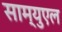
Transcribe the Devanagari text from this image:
साम्युएल